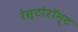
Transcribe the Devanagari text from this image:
रेस्टोरॉन्ट